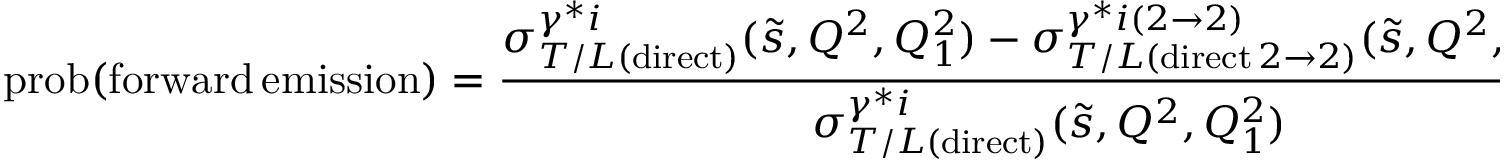
\mathrm { p r o b } ( \mathrm { f o r w a r d } \, \mathrm { e m i s s i o n } ) = \frac { \sigma _ { T / L ( \mathrm { d i r e c t } ) } ^ { \gamma ^ { * } i } ( \tilde { s } , Q ^ { 2 } , Q _ { 1 } ^ { 2 } ) - \sigma _ { T / L ( \mathrm { d i r e c t } \, 2 \rightarrow 2 ) } ^ { \gamma ^ { * } i ( 2 \rightarrow 2 ) } ( \tilde { s } , Q ^ { 2 } , Q _ { 1 } ^ { 2 } ) } { \sigma _ { T / L ( \mathrm { d i r e c t } ) } ^ { \gamma ^ { * } i } ( \tilde { s } , Q ^ { 2 } , Q _ { 1 } ^ { 2 } ) }